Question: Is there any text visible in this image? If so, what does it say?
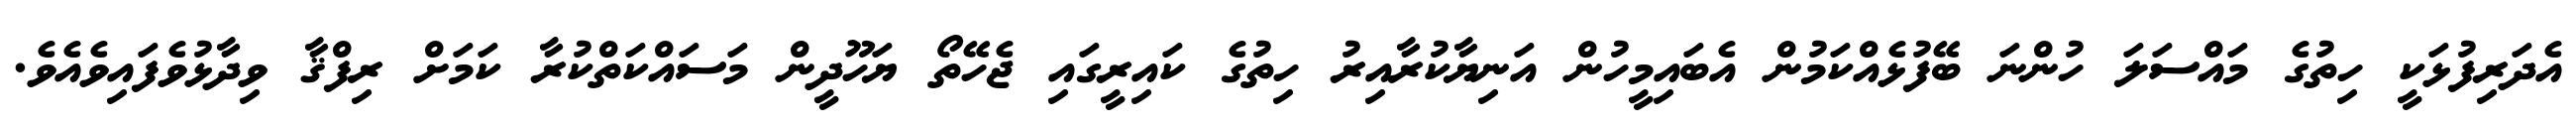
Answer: އެދަރިފުޅަކީ ހިތުގެ މައްސަލަ ހުންނަ ބޭފުޅެއްކަމުން އެބައިމީހުން އަނިޔާކުރާއިރު ހިތުގެ ކައިރީގައި ޖެހޭތޯ ޔަހޫދީން މަސައްކަތްކުރާ ކަމަށް ރިފްޤާ ވިދާޅުވެފައިވެއެވެ.